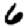
Digit: 6